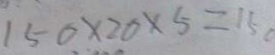
1 5 0 \times 2 0 \times 5 = 1 5 0